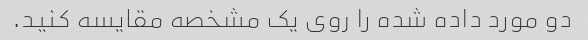
دو مورد داده شده را روی یک مشخصه مقایسه کنید.